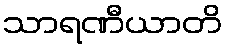
သာရဏီယာတိ